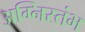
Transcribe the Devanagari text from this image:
अग्निस्तंभ